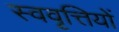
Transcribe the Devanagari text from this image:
स्ववृत्तियों